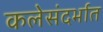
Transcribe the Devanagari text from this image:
कलेसंदर्भात